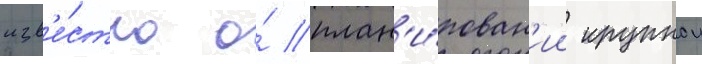
изв'е́стно о́ план'и́рован'ии крупнои